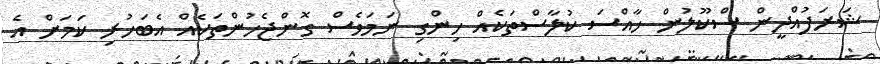
ޝަރަފުއްދީން ސްކޫލުން ހާއްސަ ކުލާސްތަކެއް ހިންގި ނަމަވެސް ގޮންޖެހުންތަކެއް އެބަހުރި ކަމަށް އެ